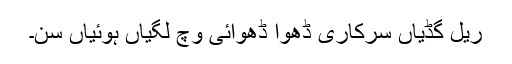
ریل گڈیاں سرکاری ڈھوا ڈھوائی وچ لگیاں ہوئیاں سن۔